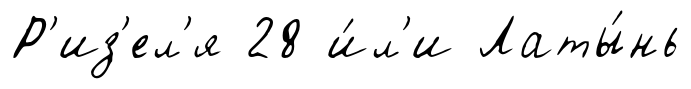
Р'из'ел'я 28 и́л'и Латы́нь